Report of the Indian Hemp Drugs Commission, 1894-1895 - Volume VIII
Year: 1894
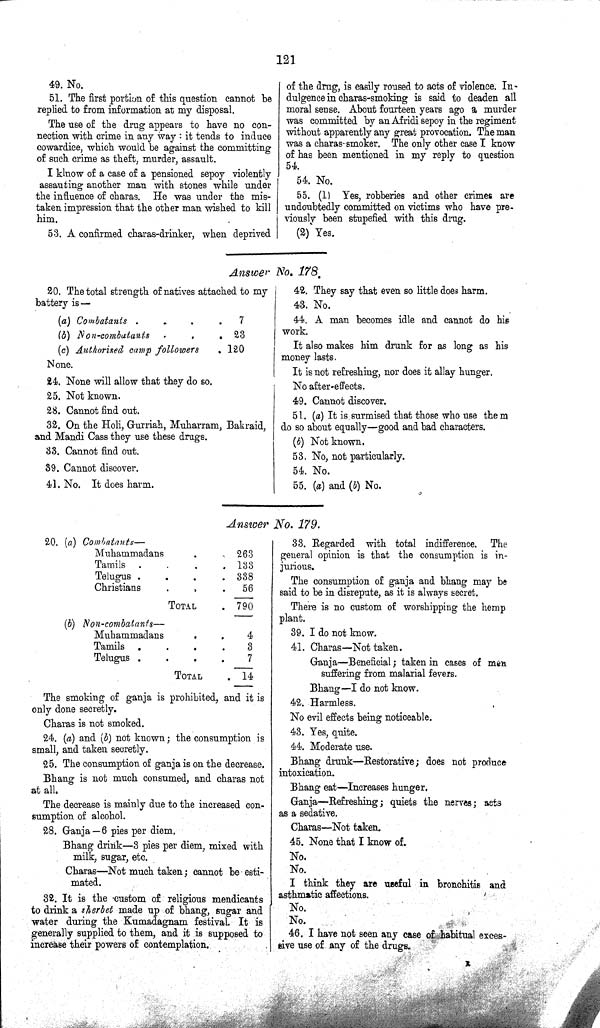
121
49. No.
51. The first portion of this question cannot be
replied to from information at my disposal.
The use of the drug appears to have no con¬
nection with crime in any way: it tends to induce
cowardice, which would be against the committing
of such crime as theft, murder, assault.
I know of a case of a pensioned sepoy violently
assauting another man with stones while under
the influence of charas. He was under the mis¬
taken impression that the other man wished to kill
him.
53. A confirmed charas-drinker, when deprived
of the drug, is easily roused to acts of violence. In¬
dulgence in charas-smoking is said to deaden all
moral sense. About fourteen years ago a murder
was committed by an Afridi sepoy in the regiment
without apparently any great provocation. The man
was a charas-smoker. The only other case I know
of has been mentioned in my reply to question
54.
54. No.
55. (1) Yes, robberies and other crimes are
undoubtedly committed on victims who have pre¬
viously been stupefied with this drug.
(2) Yes.
Answer No. 178.
20. The total strength of natives attached to my
battery is—
(a) Combatants
7
(b) Non-combatants
23
(c) Authorised camp followers
120
None.
24. None will allow that they do so.
25. Not known.
28. Cannot find out.
32. On the Holi, Gurriah, Muharram, Bakraid,
and Mandi Cass they use these drugs.
33. Cannot find out.
39. Cannot discover.
41. No. It does harm.
42. They say that even so little does harm.
43. No.
44. A man becomes idle and cannot do his
work.
It also makes him drunk for as long as his
money lasts.
It is not refreshing, nor does it allay hunger.
No after-effects.
49. Cannot discover.
51. (a) It is surmised that those who use them
do so about equally—good and bad characters.
(b) Not known.
53. No, not particularly.
54. No.
55. (a) and (b) No.
Answer No. 179.
20. (a) Combatants—
Muhammadans
263
Tamils
133
Telugus
338
Christians
56
TOTAL
790
(b) Non-combatants—
Muhammadans
4
Tamils
3
Telugus
7
TOTAL
14
The smoking of ganja is prohibited, and it is
only done secretly.
Charas is not smoked.
24. (a) and (b) not known; the consumption is
small, and taken secretly.
25. The consumption of ganja is on the decrease.
Bhang is not much consumed, and charas not
at all.
The decrease is mainly due to the increased con¬
sumption of alcohol.
28. Ganja—6 pies per diem.
Bhang drink—3 pies per diem, mixed with
milk, sugar, etc.
Charas—Not much taken; cannot be esti¬
mated.
32. It is the custom of religious mendicants
to drink a sherbet made up of bhang, sugar and
water during the Kumadagnam festival. It is
generally supplied to them, and it is supposed to
increase their powers of contemplation.
33. Regarded with total indifference. The
general opinion is that the consumption is in¬
jurious.
The consumption of ganja and bhang may be
said to be in disrepute, as it is always secret.
There is no custom of worshipping the hemp
plant.
39. I do not know.
41. Charas—Not taken.
Ganja—Beneficial; taken in cases of men
suffering from malarial fevers.
Bhang—I do not know.
42. Harmless.
No evil effects being noticeable.
43. Yes, quite.
44. Moderate use.
Bhang drunk—Restorative; does not produce
intoxication.
Bhang eat—Increases hunger.
Ganja—Refreshing; quiets the nerves; acts
as a sedative.
Charas—Not taken.
45. None that I know of.
No.
No.
I think they are useful in bronchitis and
asthmatic affections.
No.
No.
46. I have not seen any case of habitual exces¬
sive use of any of the drugs.
R